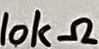
Text: 10kΩ